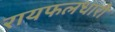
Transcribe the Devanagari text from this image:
रायफलधारी